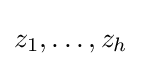
z_{1},\ldots ,z_{h}